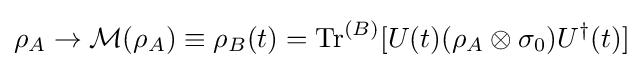
\rho _{A}\rightarrow {\mathcal {M}}(\rho _{A})\equiv \rho _{B}(t)={\mbox{Tr}}^{(B)}[U(t)(\rho _{A}\otimes \sigma _{0})U^{\dagger }(t)]